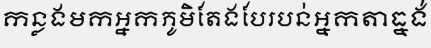
កន្លងមកអ្នកភូមិតែងបែរបន់អ្នកតាធ្នង់